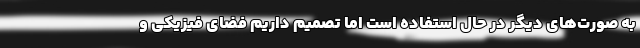
به صورت‌های دیگر در حال استفاده است اما تصمیم داریم فضای فیزیکی و